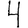
Digit: 4